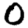
Digit: 0